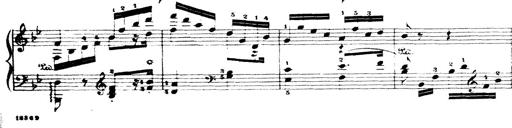
Title: Wagner-Liszt Album
Composer: Franz Liszt